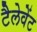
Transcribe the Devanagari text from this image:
टैलेवेंट